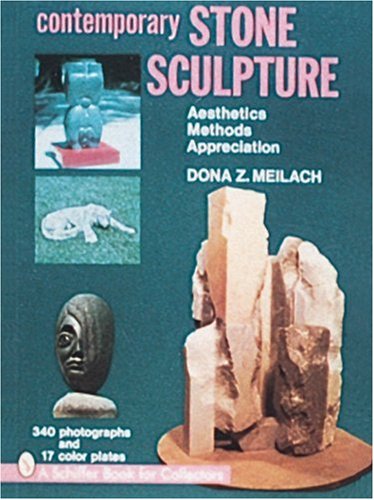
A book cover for Contemporary Stone Sculpture: Aesthetics Methods Appreciation; Dona Z. Meilach; Crafts, Hobbies & Home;